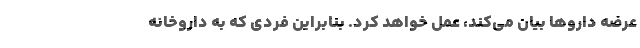
عرضه دارو‌ها بیان می‌کند، عمل خواهد کرد. بنابراین فردی که به داروخانه